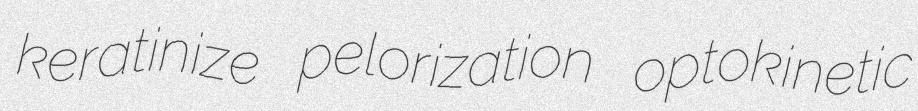
keratinize pelorization optokinetic